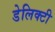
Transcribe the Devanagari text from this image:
डेलिक्टी